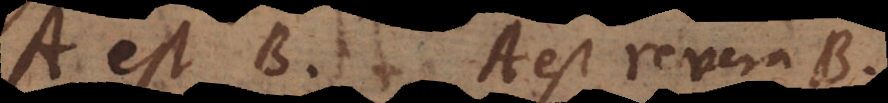
A est B, A est revera B,